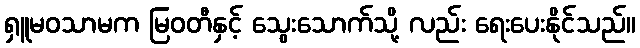
ရှူမဝသာမက မြဝတီနှင့် သွေးသောက်သို့ လည်း ရေးပေးနိုင်သည်။